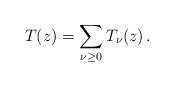
LaTeX: \begin{align*}T(z)=\sum_{\nu\ge 0} T_\nu(z)\,.\end{align*}